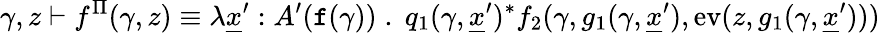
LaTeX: \gamma,z\vdash f^{\Pi}(\gamma,z)\equiv\lambda\underline{{x}}^{\prime}:A^{\prime}(\textnormal{\texttt{f}}(\gamma))\; .\; q_{1}(\gamma,\underline{{x}}^{\prime})^{*}f_{2}(\gamma,g_{1}(\gamma,\underline{{x}}^{\prime}),\textnormal{ev}(z,g_{1}(\gamma,\underline{{x}}^{\prime})))